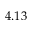
4 . 1 3